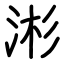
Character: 涁